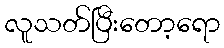
လူသတ်ပြီးတော့ရော